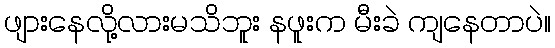
ဖျားနေလို့လားမသိဘူး နဖူးက မီးခဲ ကျနေတာပဲ။